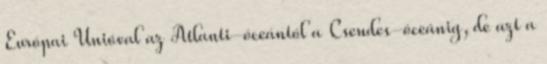
Európai Unióval az Atlanti-óceántól a Csendes-óceánig, de azt a